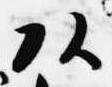
頭